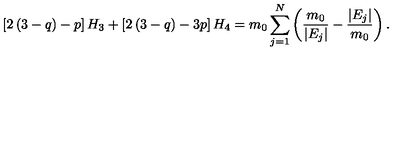
\left[ 2 \left( 3 - q \right) - p \right] H _ { 3 } + \left[ 2 \left( 3 - q \right) - 3 p \right] H _ { 4 } = m _ { 0 } \sum _ { j = 1 } ^ { N } \left( \frac { m _ { 0 } } { \vert E _ { j } \vert } - \frac { \vert E _ { j } \vert } { m _ { 0 } } \right) .